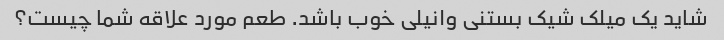
شاید یک میلک شیک بستنی وانیلی خوب باشد. طعم مورد علاقه شما چیست؟